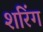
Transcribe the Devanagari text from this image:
शरिंग